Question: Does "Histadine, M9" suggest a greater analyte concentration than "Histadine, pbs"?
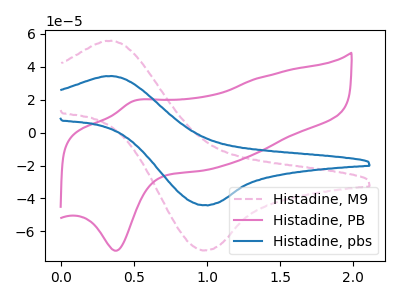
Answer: <think>The pink dashed curve "Histadine, M9" has an anodic peak at (0.35V, 55.75uA) and a cathodic peak at (1.00V, -71.45uA). The pink curve "Histadine, PB" has an anodic peak at (0.50V, 19.25uA) and a cathodic peak at (0.40V, -71.80uA). The blue curve "Histadine, pbs" has an anodic peak at (0.35V, 34.35uA) and a cathodic peak at (1.00V, -44.00uA).
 All the peaks in "Histadine, M9" have a peak in "Histadine, pbs" at the same potential. Every peak in "Histadine, M9" is higher than every peak in "Histadine, pbs".</think>
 <answer>"Histadine, M9" has more signal than "Histadine, pbs".</answer>
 <eval>more_signal</eval>